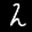
Label: 2